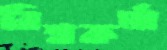
বিশ্বকর্মা